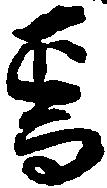
焉